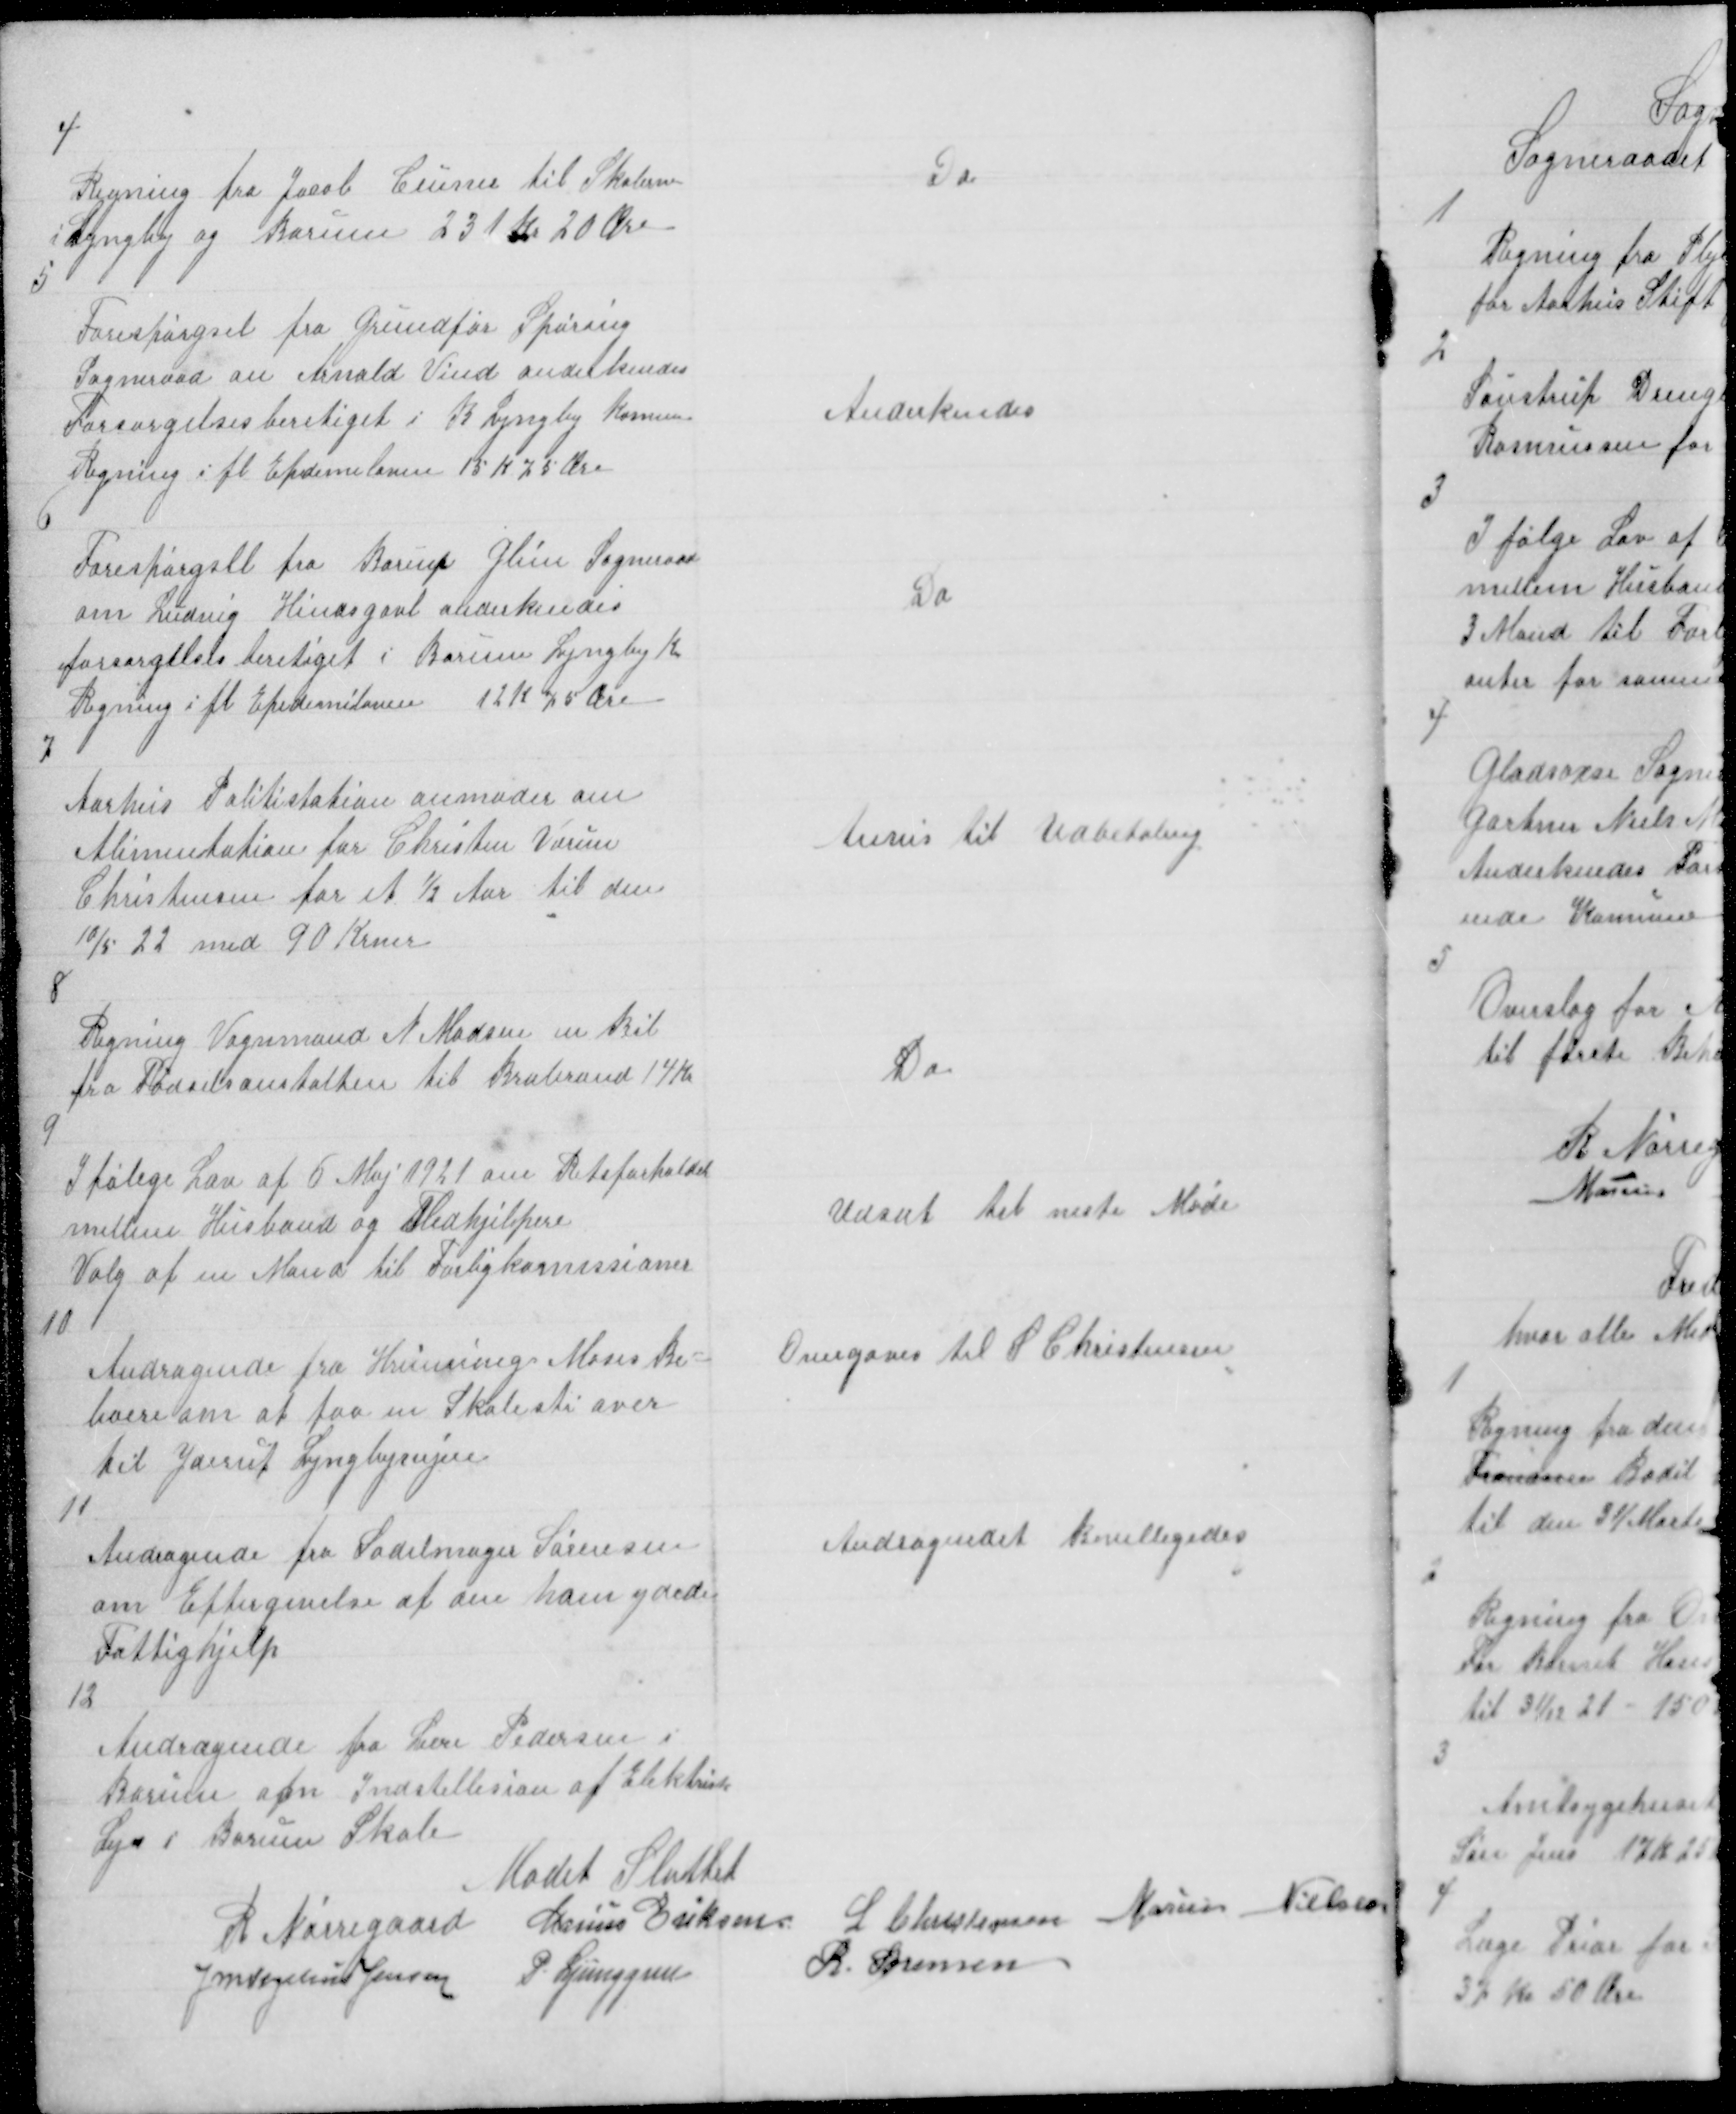
Transskription:
4
Regning fra Jacob Ceuner til Skolerne
i Lyngby og Borum 231 Kr 20 Øre

Do

5

Forespørgsel fra Grundfør Spøring
Sogneraad om Arnold Vind anderkendes
Forsørgelsesberetiget i B Lyngby Komun
Regning i fl Epidemiloven 15 K 75 Øre

Anderkendes

6

Forespørgsel fra Rorup Glim Sogneraad
om Ludvig Hindsgavl anderkendes
forsørgelsesberetiget i Borum Lyngby K
Regning i fl Epidemiloven 12 K 75 Øre

Do

7

Aarhus Politistation anmoder om
Alimentation for Christen Værum
Christensen for et ½ Aar til den
10/5 22 med 90 Krner

Anvis til Udbetaling

8
Regning Vognmand N Madsen en Bil
fra Fødselsanstalten til Brabrand 14 Kr

Do

9
I følge Lov af 6 Maj 1921 om Retsforhold
mellem Husbond og Medhjelpere
Valg af en Mand til Forligkomissioner

Udsat til neste Møde

10
Andragende fra Hvinning Moses Be=
boere om at faa en Skolesti over
til Yderup Lyngbyvejen

Overgaves til L Christensen

11
Andragende fra Sadelmager Sørensen
om Eftergivelse af den ham ydede
Fattighjelp

Andragendet Bevilligedes

12
Andragende fra Lære Pedersen i
Borum om Indstellesion af Elektrisk
Lys i Borum Skole
Mødet Sluttet

R Nørregaard Marius Eriksen L Christensen Marius Nielsen
J M Vogelius Jensen P Ljunggren
R Sørensen